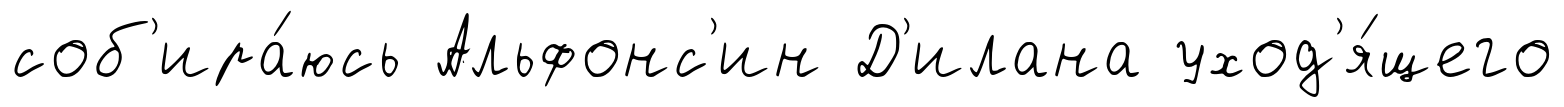
соб'ира́юсь Альфонс'ин Д'илана уход'я́щего